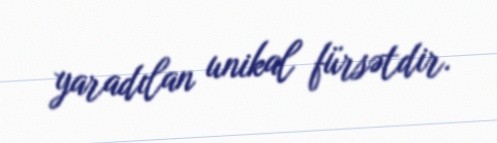
yaradılan unikal fürsətdir.